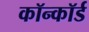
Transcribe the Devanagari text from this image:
कॉन्कॉर्ड